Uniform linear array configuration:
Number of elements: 8
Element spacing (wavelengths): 0.25
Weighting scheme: cosine
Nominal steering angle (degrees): -45
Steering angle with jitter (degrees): -45.363
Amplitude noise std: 0.05
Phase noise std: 0.05

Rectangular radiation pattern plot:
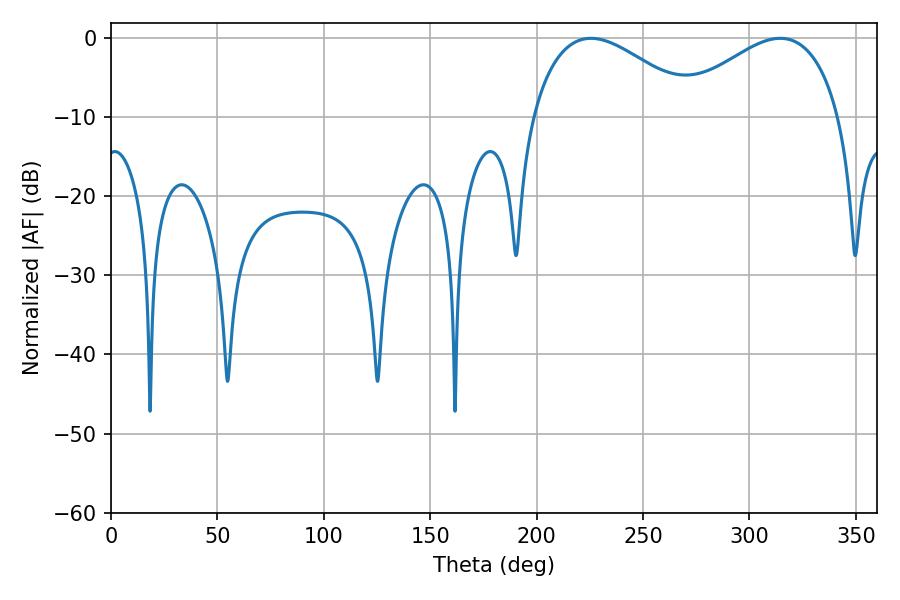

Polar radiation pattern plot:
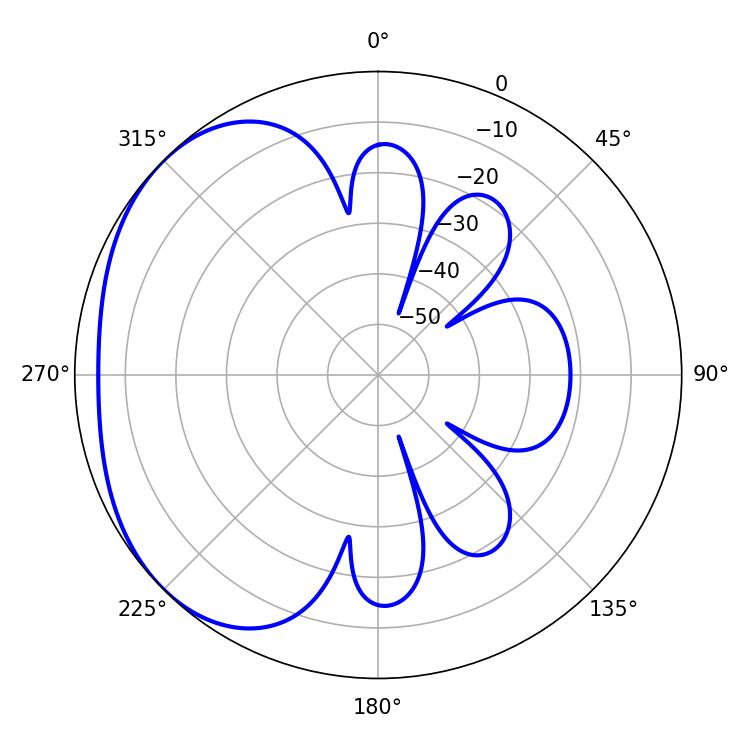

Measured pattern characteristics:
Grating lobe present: FALSE
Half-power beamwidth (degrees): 42.66
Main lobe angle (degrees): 314.46